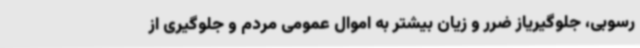
رسوبی، جلوگیریاز ضرر و زیان بیشتر به اموال عمومی مردم و جلوگیری از